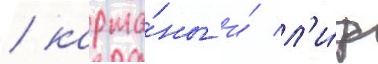
/ карма́ны и́ л'и́ф